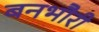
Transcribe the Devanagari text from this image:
बनभौरी